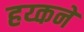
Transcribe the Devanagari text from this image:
हय्कने